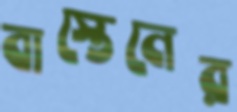
বাস্তেনের